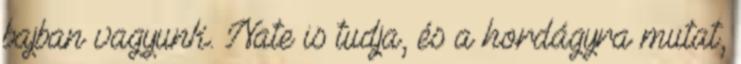
bajban vagyunk. Nate is tudja, és a hordágyra mutat,